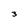
Character: 3